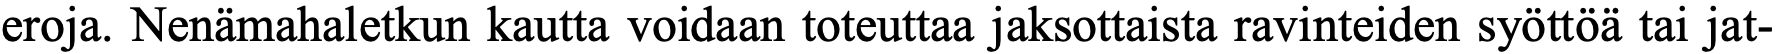
eroja. Nenämahaletkun kautta voidaan toteuttaa jaksottaista ravinteiden syöttöä tai jat-